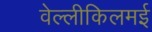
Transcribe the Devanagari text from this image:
वेल्लीकिलमई